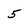
Character: 5